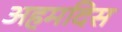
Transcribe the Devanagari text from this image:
अहमदिस